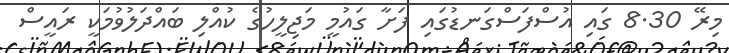
މިރޭ 8.30 ގައި އުސްފަސްގަނޑުގައި ފަށާ ގައުމީ މަޖިލީހުގެ ކުއްލި ބައްދަލުވުމަކީ ރައީސް